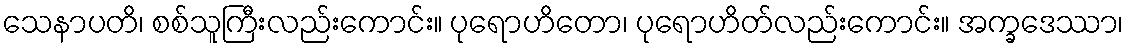
သေနာပတိ၊ စစ်သူကြီးလည်းကောင်း။ ပုရောဟိတော၊ ပုရောဟိတ်လည်းကောင်း။ အက္ခဒေဿာ၊